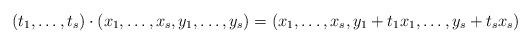
LaTeX: \begin{align*}(t_1,\ldots, t_s)\cdot(x_1,\ldots, x_s, y_1,\ldots, y_s)=(x_1,\ldots, x_s, y_1+t_1x_1,\ldots, y_s+t_sx_s)\end{align*}